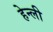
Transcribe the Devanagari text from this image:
हेन्ली